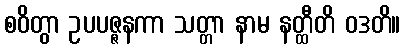
စဝိတွာ ဥပပဇ္ဇနကာ သတ္တာ နာမ နတ္ထီတိ ဝဒတိ။